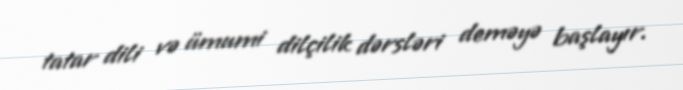
tatar dili və ümumi dilçilik dərsləri deməyə başlayır.